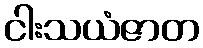
ငါးသယံဇာတ